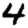
Digit: 4